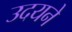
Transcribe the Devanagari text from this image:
उदयने